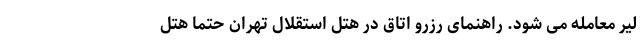
لیر معامله می شود. راهنمای رزرو اتاق در هتل استقلال تهران حتما هتل